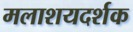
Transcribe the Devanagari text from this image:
मलाशयदर्शक